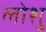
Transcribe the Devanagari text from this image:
लोशु